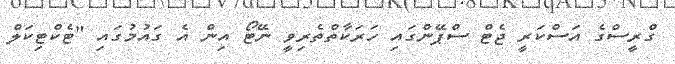
ގްރީސްގެ އަސްކަރީ ޖެޓް ސްޕޭންގައި ހަރަކާތްތެރިވީ ނޭޓޯ އިން އެ ގައުމުގައި "ޓެކްޓިކަލް